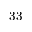
3 3